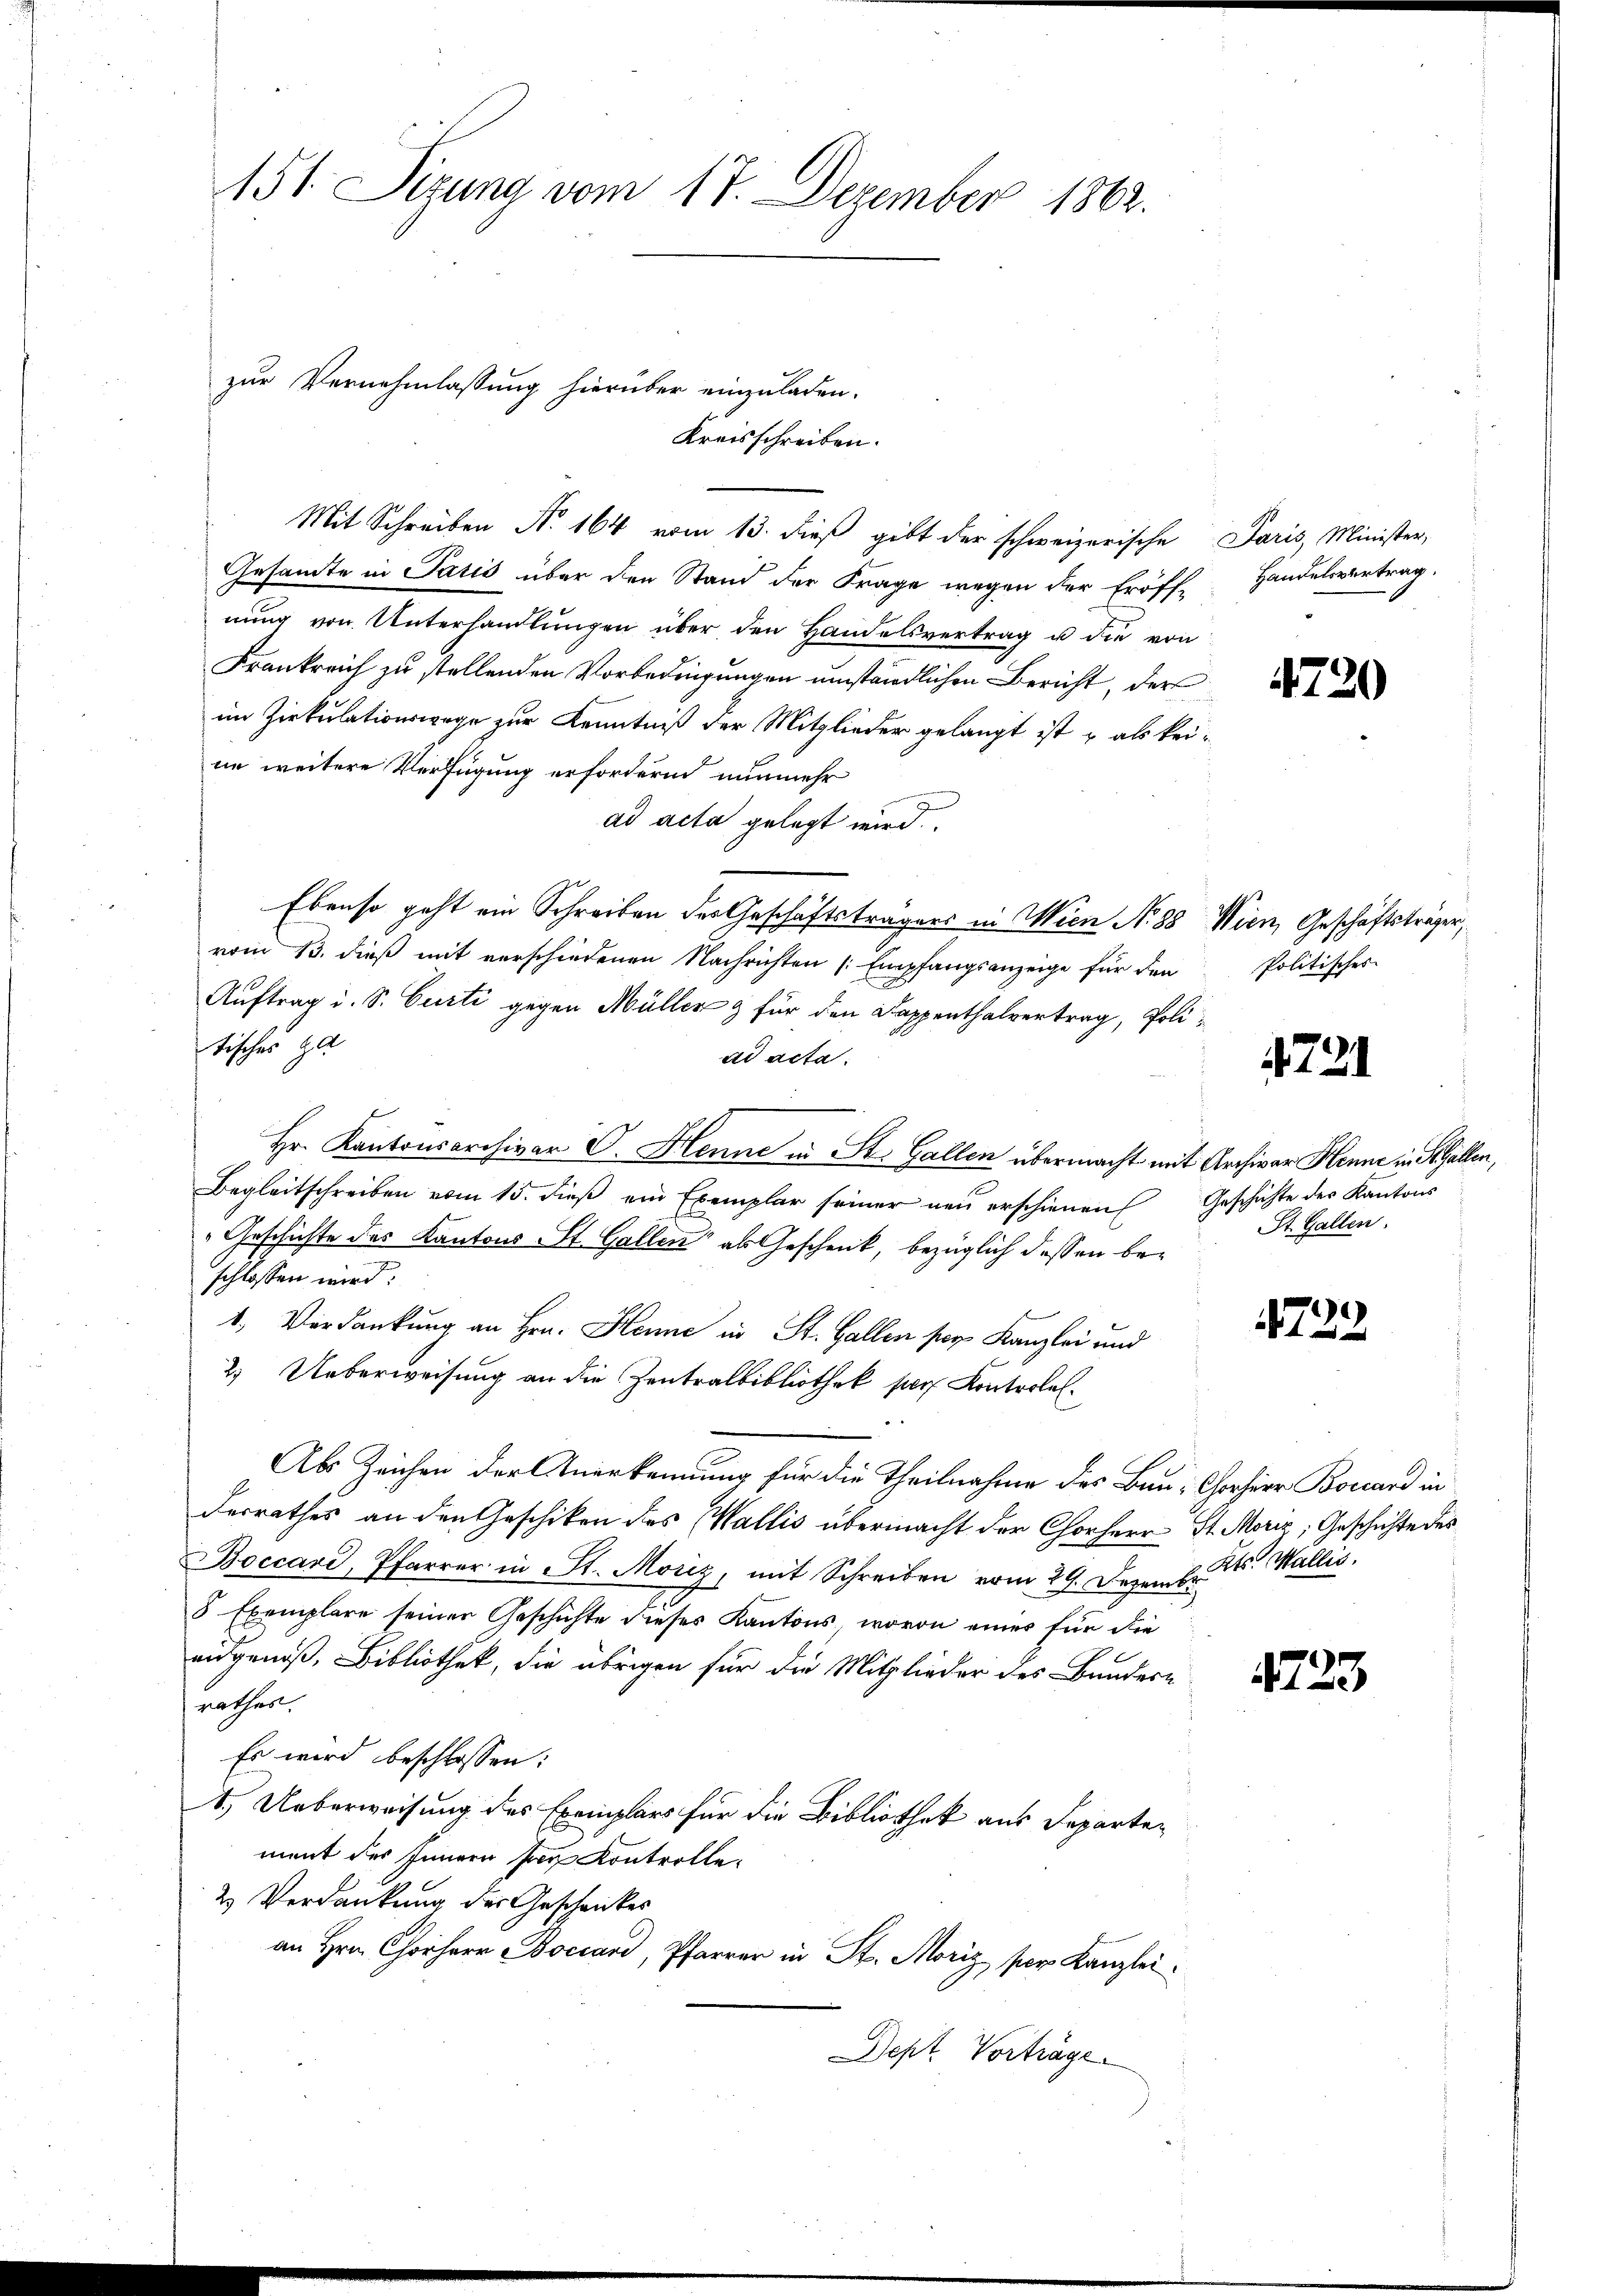
151. Sizung vom 17. Dezember 1862.

zur Vernehmlassung hierüber einzuladen.
Kreisschreiben.
Mit Schreiben No 164 vom 13. dieß gibt der schweizerische Paris, Minister,

Gesamte in Paris über den Stand der Frage wegen der Eröff-
nung von Unterhandlungen über den Handelsvertrag u die von
Frankreich zu stellenden Vorbedingungen umständlichen Bericht, der
im Zirkulationswege zur Kenntniß der Mitglieder gelangt ist u als keine weitere Verfügung erfordernd nunmehr
ad acta gelegt wird.
Ebenso geht ein Schreiben des Geschäftsträgers in Wien No 88 Wien, Geschäftsträger,
vom 13. dieß mit verschiedenen Nachrichten Empfangsanzeige für den
Auftrag i. S. Curti gegen Müller & für den Kappenthalvertrag, Politisches Ha
ad acta.
Hr. Kantonsarchivar C. Henne in St. Gallen übermacht mit Archivar Henne in Schällen,
Begleitschreiben vom 15. dieß ein Exemplar seiner neŭ erschienen Geschichte der Kantons
Geschichte des Kantons St. Gallen“ als Geschenk, bezüglich dessen beschlossen wird:
1. Verdankung an Hrn. Henne in St. Gallen per Kanzlei und
2. Ueberweisung an die Zentralbibliothek per Kontrolel¬
Als Zeichen der Anerkennung für die Theilnahme des Bau, Chorherr Bouard in
derrathes an den Geschiken des Wallis übermacht der Chorherr St. Moriz; Geschichte des
Boccard, Pfarrer in St. Moriz, mit Schreiben vom 29. Dezemb. 1. Wallis.
5 Exemplare seiner Geschichte dieses Kantons, wovon einer für die
augenoß, Bibliothek, die übrigen für die Mitglieder des Bundere
rathes.
Es wird beschlossen:
1.) Ueberweisung des Exemplars für die Bibliothek aus Departen
ment des Innern ser Kontrolle¬
2 Verdankung des Geschenkes
an Hrn. Chorherr Boccar, Pfarrer in St. Moriz per Kanzlei
Dept. Vorträge.

Handelsvertrag.

4720

Politisches

721

St. Gallen.

4722.

1723